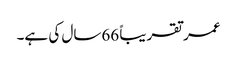
عمر تقریباً 66سال کی ہے۔